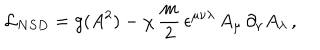
{ \cal L } _ { N S D } = g ( A ^ { 2 } ) - \chi \, \frac { m } { 2 } \, \epsilon ^ { \mu \nu \lambda } \, A _ { \mu } \, \partial _ { \nu } A _ { \lambda } \, ,